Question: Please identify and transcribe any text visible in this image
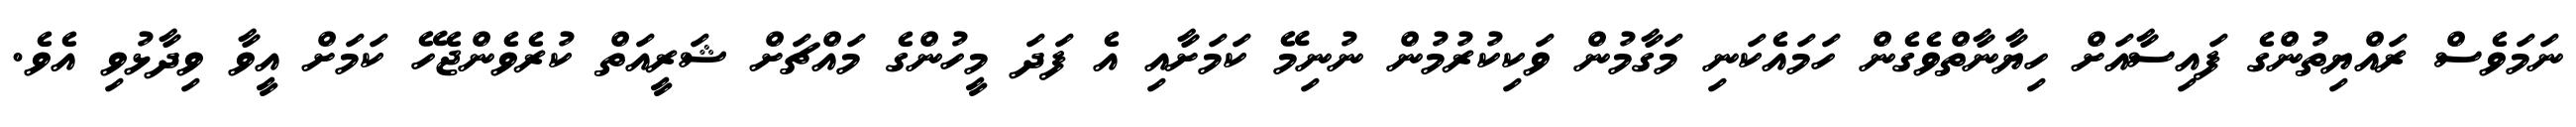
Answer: ނަމަވެސް ރައްޔިތުންގެ ފައިސާއަށް ހިޔާނާތްވެގެން ހަމައެކަނި މަގާމުން ވަކިކުރުމުން ނުނިމޭ ކަމަށާއި އެ ފަދަ މީހުންގެ މައްޗަށް ޝަރީއަތް ކުރެވެންޖެހޭ ކަމަށް އީވާ ވިދާޅުވި އެވެ.